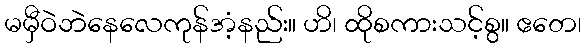
မမှီဝဲဘဲနေလေကုန်အံ့နည်း။ ဟိ၊ ထိုစကားသင့်စွ။ ဧတေ၊